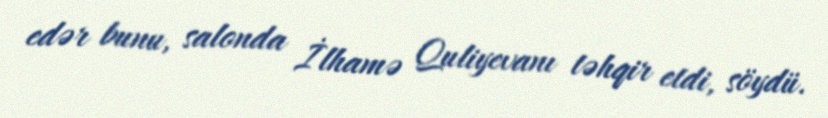
edər bunu, salonda İlhamə Quliyevanı təhqir etdi, söydü.